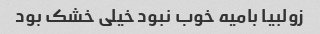
زولبیا بامیه خوب نبود خیلی خشک بود